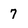
Character: 7